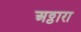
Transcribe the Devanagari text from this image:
अठ्ठारा